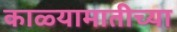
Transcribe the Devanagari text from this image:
काळ्यामातीच्या